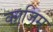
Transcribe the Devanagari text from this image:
का़जि़म